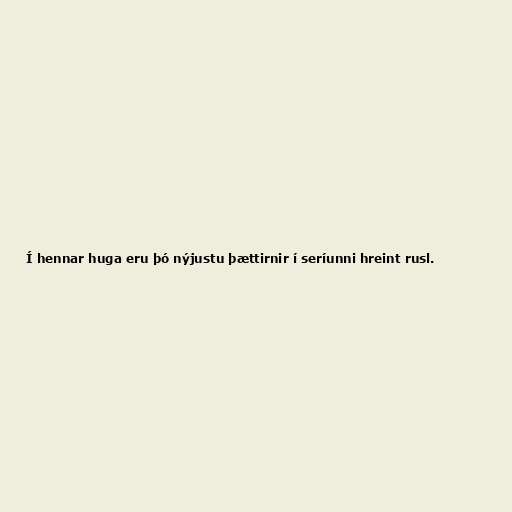
Í hennar huga eru þó nýjustu þættirnir í seríunni hreint rusl.